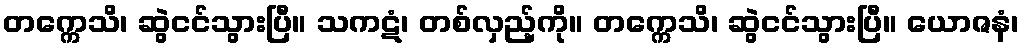
တက္ကေသိ၊ ဆွဲငင်သွားပြီ။ သကဋံ၊ တစ်လှည့်ကို။ တက္ကေသိ၊ ဆွဲငင်သွားပြီ။ ယောဇနံ၊